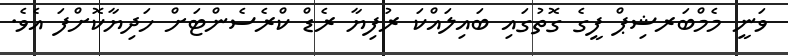
ވަނީ މެމްބަރޝިޕް ފީގެ ގޮތުގައި ބައިލައްކަ ރުފިޔާ ރެޑް ކްރެސެންޓަށް ހަދިޔާކޮށްފަ އެވެ.